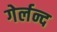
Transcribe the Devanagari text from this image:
गेर्लन्द